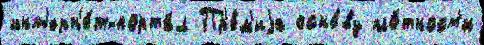
инт'ерн'е́т-порта́л Пр'е́м'иjа осно́ву пло́тност'и